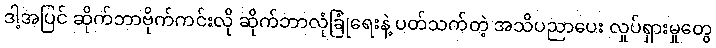
ဒါ့အပြင် ဆိုက်ဘာဗိုက်ကင်းလို ဆိုက်ဘာလုံခြုံရေးနဲ့ ပတ်သက်တဲ့ အသိပညာပေး လှုပ်ရှားမှုတွေ